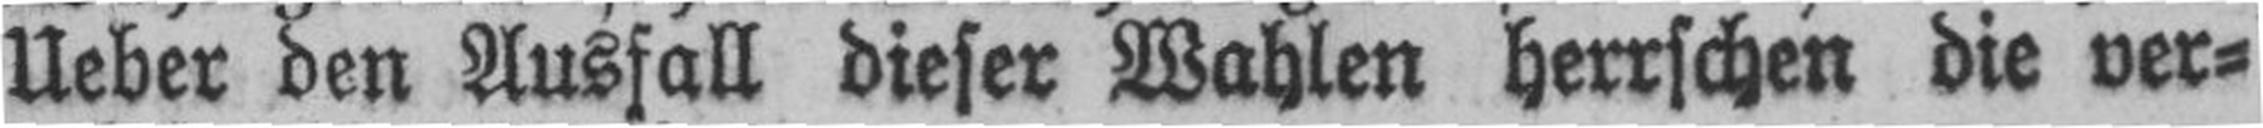
Ueber den Ausfall dieser Wahlen herrschen die ver¬